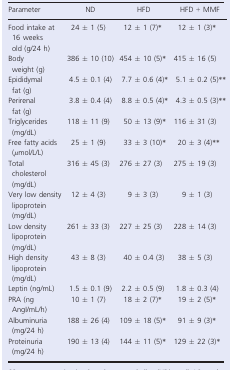
| Parameter | ND | HFD | HFD + MMF |
 | --- | --- | --- | --- |
 | Food intake at 16 weeks old (g/24 h) | 24 ± 1 (5) | 12 ± 1 (7)* | 12 ± 1 (3)* |
 | Body weight (g) | 386 ± 10 (10) | 454 ± 10 (5)* | 415 ± 16 (5) |
 | Epididymal fat (g) | 4.5 ± 0.1 (4) | 7.7 ± 0.6 (4)* | 5.1 ± 0.2 (5)** |
 | Perirenal fat (g) | 3.8 ± 0.4 (4) | 8.8 ± 0.5 (4)* | 4.3 ± 0.5 (3)** |
 | Triglycerides (mg/dL) | 118 ± 11 (9) | 50 ± 13 (9)* | 116 ± 31 (3) |
 | Free fatty acids (μmol/L/L) | 25 ± 1 (9) | 33 ± 3 (10)* | 20 ± 3 (4)** |
 | Total cholesterol (mg/dL) | 316 ± 45 (3) | 276 ± 27 (3) | 275 ± 19 (3) |
 | Very low density lipoprotein (mg/dL) | 12 ± 4 (3) | 9 ± 3 (3) | 9 ± 1 (3) |
 | Low density lipoprotein (mg/dL) | 261 ± 33 (3) | 227 ± 25 (3) | 228 ± 14 (3) |
 | High density lipoprotein (mg/dL) | 43 ± 8 (3) | 40 ± 0.4 (3) | 38 ± 5 (3) |
 | Leptin (ng/mL) | 1.5 ± 0.1 (9) | 2.2 ± 0.5 (9) | 1.8 ± 0.3 (4) |
 | PRA (ng AngI/mL/h) | 10 ± 1 (7) | 18 ± 2 (7)* | 19 ± 2 (5)* |
 | Albuminuria (mg/24 h) | 188 ± 26 (4) | 109 ± 18 (5)* | 91 ± 9 (3)* |
 | Proteinuria (mg/24 h) | 190 ± 13 (4) | 144 ± 11 (5)* | 129 ± 22 (3)* |